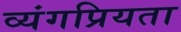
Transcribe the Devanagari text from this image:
व्यंगप्रियता